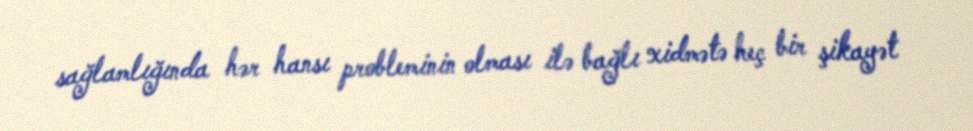
sağlamlığında hər hansı probleminin olması ilə bağlı xidmətə heç bir şikayət